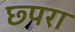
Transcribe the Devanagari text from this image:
छ्परा